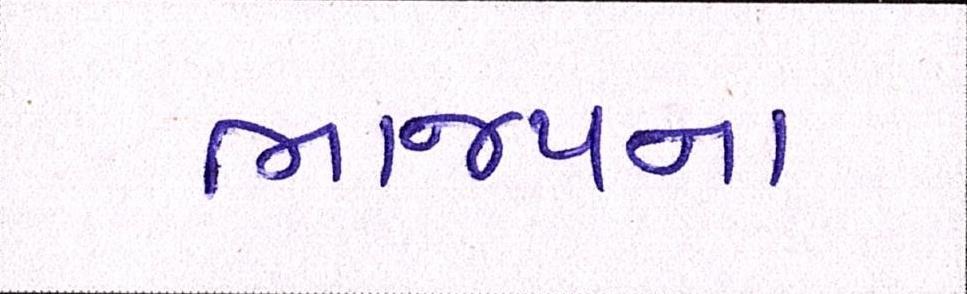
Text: ભાજપના